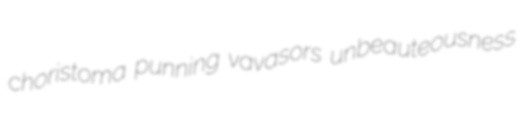
choristoma punning vavasors unbeauteousness